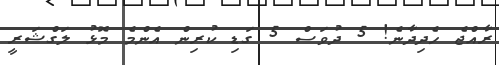
ރާއްޖެ ހެދިދާނެ! 5 ދުވަސް 5 ގަޑި ކުރިން އެންމެ މޮޅު ލަގްޝަރީ